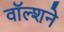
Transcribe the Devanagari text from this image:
वॉल्शने